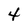
Character: 4